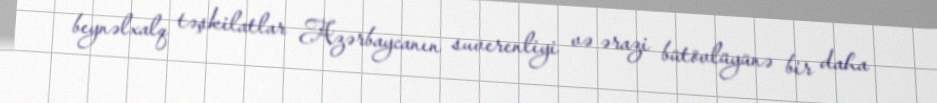
beynəlxalq təşkilatlar Azərbaycanın suverenliyi və ərazi bütövlüyünə bir daha